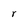
Character: r